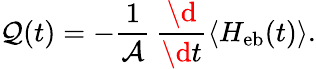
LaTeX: \mathcal{Q}(t)=-\frac{1}{\mathcal{A}}\, \frac{\d}{\d t}\langle H_{\mathrm{eb}}(t)\rangle.